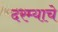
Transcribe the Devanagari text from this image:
दरम्याचे